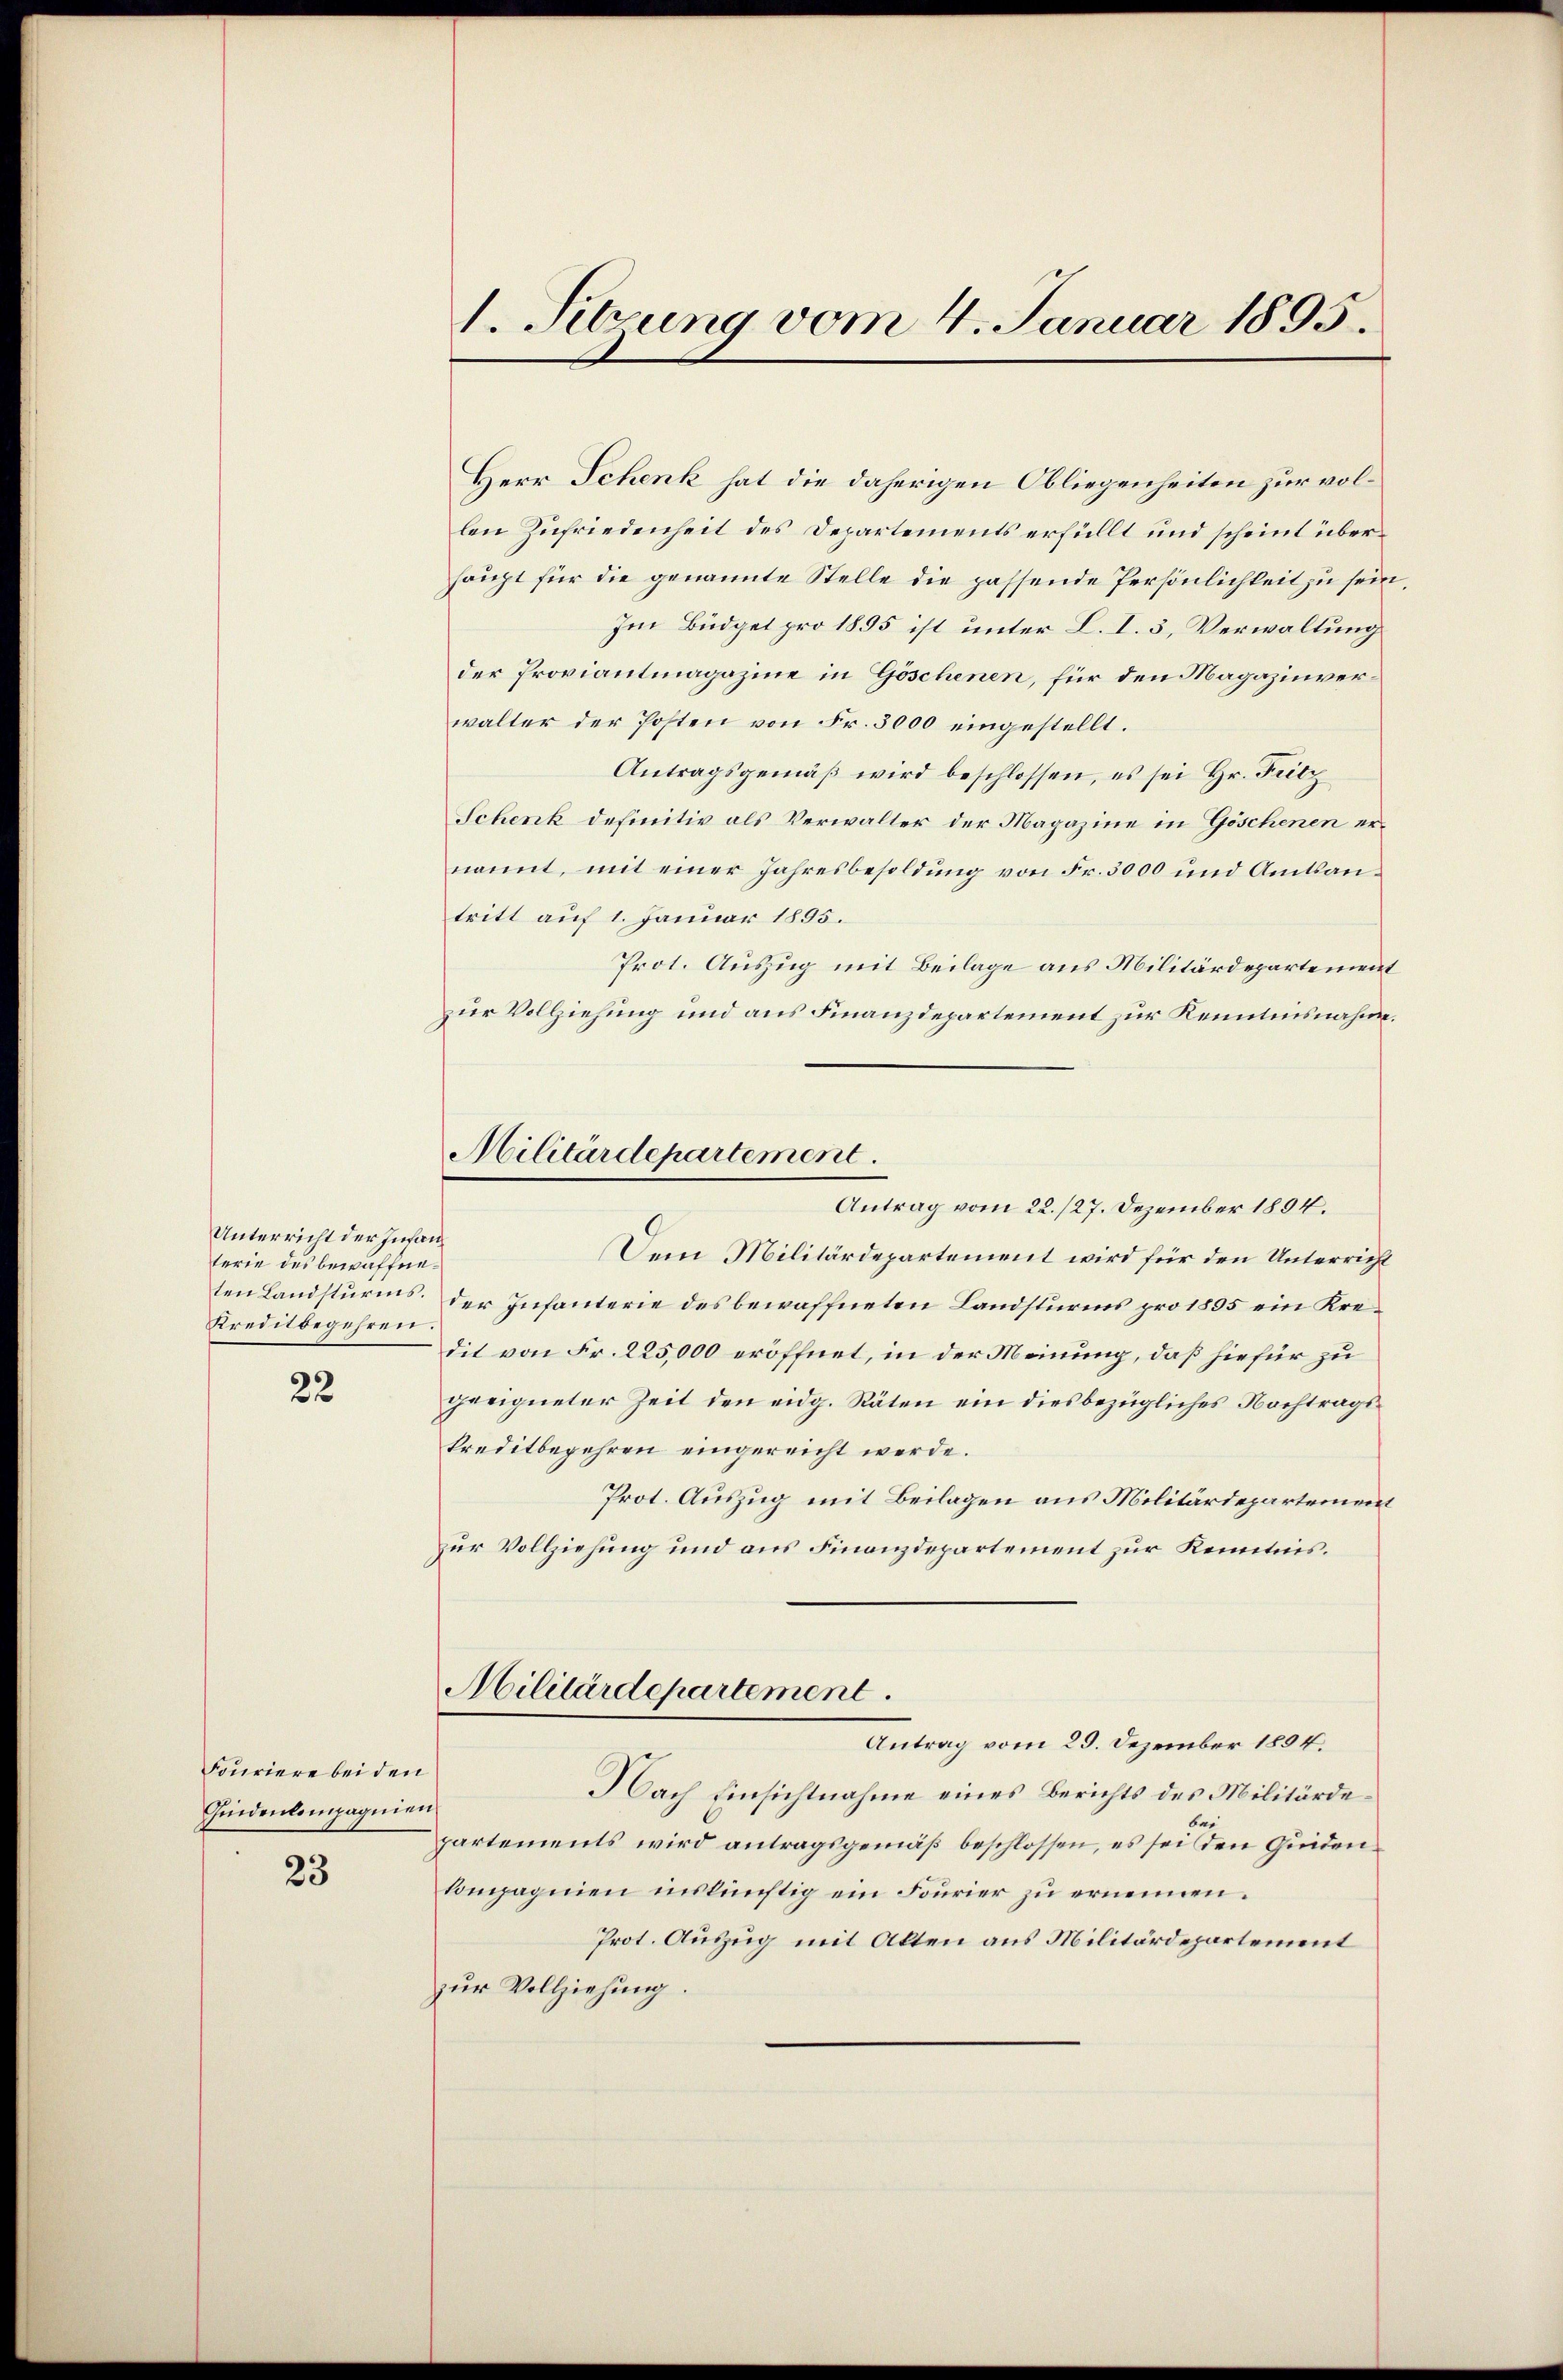
Unterricht der Infan
terie des bewaffne¬
Kreditbegehren.

22

Fouriere bei den
Quidenlampagnien

23

1. Sitzung vom 4. Januar 1895.

Herr Schenk hat die daherigen Obliegenheiten zur vollen Zufriedenheit des Departements erfüllt und scheint überhaupt für die genannte Stelle die passende Persönlichkeit zu sein
Im Büdget pro 1855 ist unter L. I. 3, Verwaltung
der Proviantmagazine in Göschenen, für den Magazinverwalter der Posten von Fr. 3000 eingestellt.
Antragsgemäβ wird beschlossen, es sei Hr. Fitz
Schenk definitiv als Verwalter der Magazine in Göschenen ernannt, mit einer Jahresbesoldung von Fr. 3000 und Amtsantritt auf 1. Januar 1895.
Prot. Auszug mit Beilage aus Militärdepartement
zur Vollziehung und aus Finanzdepartement zur Kenntnisnahm.
Antrag vom 22./27. Dezember 1894.
Dein Militärdepartement wird für den Unterricht
ten Landsturms der Infanterie des bewaffneten Landsturms pro 1895 ein Kredit von Fr. 225,000 eröffnet, in der Meinung, daß hiefür zu
geeigneter Zeit den eidg. Räten ein diesbezügliches Nachtragskreditbegehren eingereicht werde.
Prot. Auszug mit Beilagen aus Militärdepartement
zur Vollziehung und aus Finanzdepartement zur Kenntnis.
Militärdepartement.
Antrag vom 29. Dezember 1894.
Nach Einsichtnahme eines Berichts des Militärdebei
partements wird antragsgemäß beschlossen, es sei den Quiden¬
Compagnien inskünftig ein Fourier zu ernennen.
Prot. Auszug mit Alten aus Militärdepartement
zur Vollziehung

Militärdepartement.